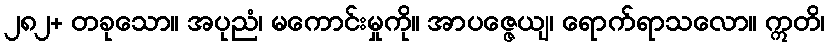
၂၈၂+ တခုသော။ အပုညံ၊ မကောင်းမှုကို။ အာပဇ္ဇေယျ၊ ရောက်ရာသလော။ ဣတိ၊